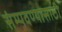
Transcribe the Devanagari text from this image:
संम्पवण्यासाठी